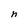
Character: h